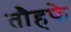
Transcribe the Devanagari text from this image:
तौहफे